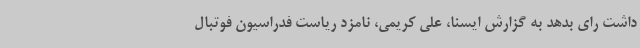
داشت رای بدهد به گزارش ایسنا، علی کریمی، نامزد ریاست فدراسیون فوتبال